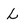
Character: L